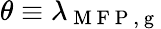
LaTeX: \theta\equiv\lambda_{\mathrm{~M~F~P~,~g~}}